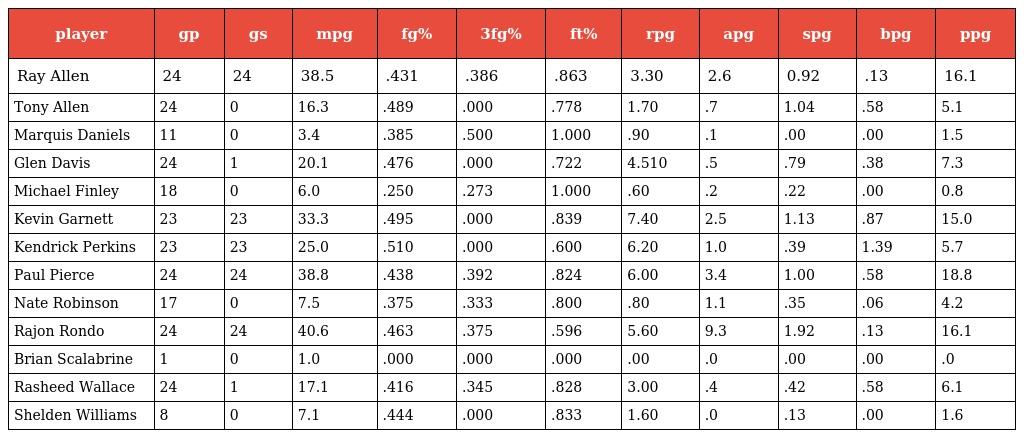
| player | gp | gs | mpg | fg% | 3fg% | ft% | rpg | apg | spg | bpg | ppg |
 | --- | --- | --- | --- | --- | --- | --- | --- | --- | --- | --- | --- |
 | Ray Allen | 24 | 24 | 38.5 | .431 | .386 | .863 | 3.30 | 2.6 | 0.92 | .13 | 16.1 |
 | Tony Allen | 24 | 0 | 16.3 | .489 | .000 | .778 | 1.70 | .7 | 1.04 | .58 | 5.1 |
 | Marquis Daniels | 11 | 0 | 3.4 | .385 | .500 | 1.000 | .90 | .1 | .00 | .00 | 1.5 |
 | Glen Davis | 24 | 1 | 20.1 | .476 | .000 | .722 | 4.510 | .5 | .79 | .38 | 7.3 |
 | Michael Finley | 18 | 0 | 6.0 | .250 | .273 | 1.000 | .60 | .2 | .22 | .00 | 0.8 |
 | Kevin Garnett | 23 | 23 | 33.3 | .495 | .000 | .839 | 7.40 | 2.5 | 1.13 | .87 | 15.0 |
 | Kendrick Perkins | 23 | 23 | 25.0 | .510 | .000 | .600 | 6.20 | 1.0 | .39 | 1.39 | 5.7 |
 | Paul Pierce | 24 | 24 | 38.8 | .438 | .392 | .824 | 6.00 | 3.4 | 1.00 | .58 | 18.8 |
 | Nate Robinson | 17 | 0 | 7.5 | .375 | .333 | .800 | .80 | 1.1 | .35 | .06 | 4.2 |
 | Rajon Rondo | 24 | 24 | 40.6 | .463 | .375 | .596 | 5.60 | 9.3 | 1.92 | .13 | 16.1 |
 | Brian Scalabrine | 1 | 0 | 1.0 | .000 | .000 | .000 | .00 | .0 | .00 | .00 | .0 |
 | Rasheed Wallace | 24 | 1 | 17.1 | .416 | .345 | .828 | 3.00 | .4 | .42 | .58 | 6.1 |
 | Shelden Williams | 8 | 0 | 7.1 | .444 | .000 | .833 | 1.60 | .0 | .13 | .00 | 1.6 |